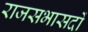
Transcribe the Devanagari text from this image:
राजसभासदों